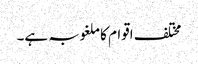
مختلف اقوام کا ملغوبہ ہے۔